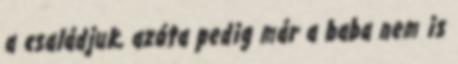
a családjuk, azóta pedig már a baba nem is